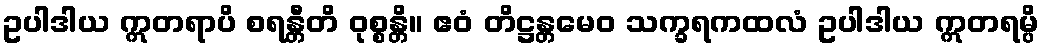
ဥပါဒါယ ဣတရာပိ စရန္တီတိ ဝုစ္စန္တိ။ ဧဝံ တိဋ္ဌန္တမေဝ သက္ခရကထလံ ဥပါဒါယ ဣတရမ္ပိ